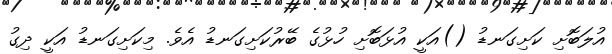
އުލަބޮށި ކަށިގަނޑު ()އަކީ އުޅަބޮށި ހުޅުގެ ބޭރުކަށިގަނޑު އެވެ. މިކަށިގަނޑު އަކީ ދިގު